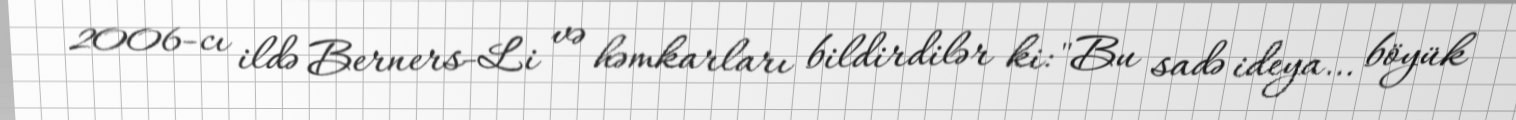
2006-cı ildə Berners-Li və həmkarları bildirdilər ki: "Bu sadə ideya… böyük